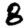
Digit: 8